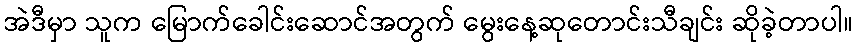
အဲဒီမှာ သူက မြောက်ခေါင်းဆောင်အတွက် မွေးနေ့ဆုတောင်းသီချင်း ဆိုခဲ့တာပါ။